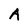
Character: A